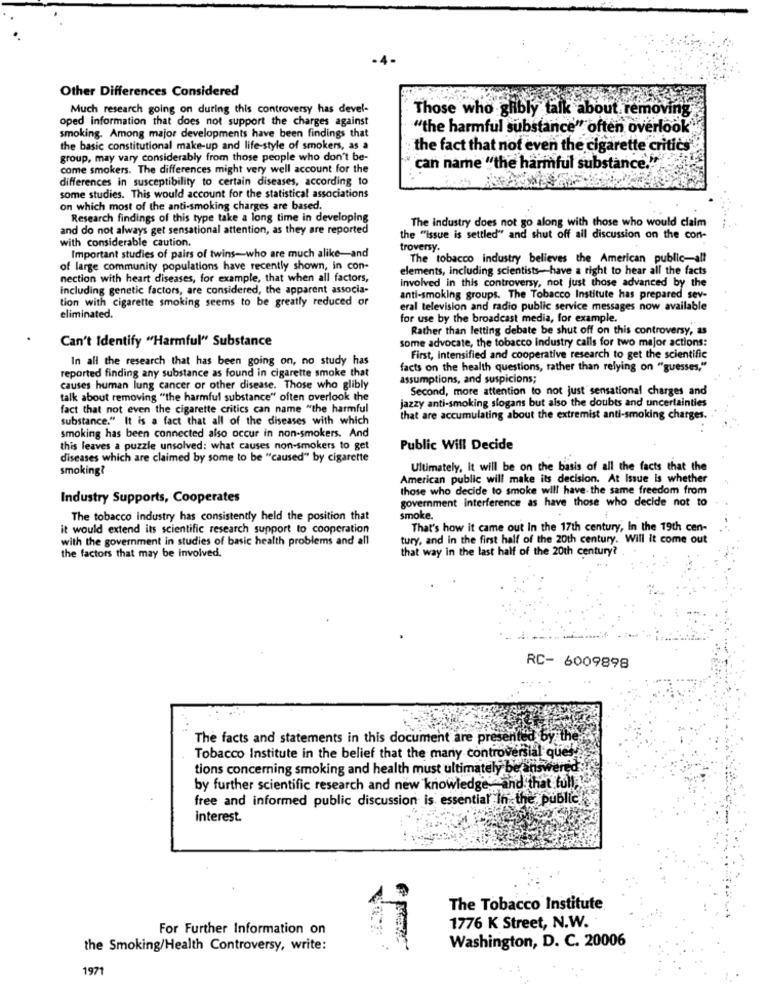
Other Differences Considered
Much research going on during this controversy has devel-
oped information that does not support the charges against
Those who glibly talk about removing
"the harmful substance" often overlook"
smoking. Among major developments have been findings that
the basic constitutional make-up and life-style of smokers, as a
the fact that not even the cigarette critics
group, may vary considerably from those people who don't be-
come smokers. The differences might very well account for the
can name "the harmful substance."
differences in susceptibility to certain diseases, according to
some studies. This would account for the statistical associations
on which most of the anti-smoking charges are based.
Research findings of this type take a long time in developing
The industry does not go along with those who would claim
and do not always get sensational attention, as they are reported
with considerable caution.
the "issue is settled" and shut off all discussion on the con-
Important studies of pairs of twins-who are much alike-and
troversy.
The tobacco industry believes the American public-all
of large community populations have recently shown, in con-
elements, including scientists-have a right to hear all the facts
nection with heart diseases, for example, that when all factors,
involved in this controversy, not just those advanced by the
Including genetic factors, are considered, the apparent associa-
tion with cigarette smoking seems to be greatly reduced or
anti-smoking groups. The Tobacco Institute has prepared sev-
eral television and radio public service messages now available
eliminated.
for use by the broadcast media, for example.
Rather than letting debate be shut off on this controversy, as
Can't Identify "Harmful" Substance
some advocate, the tobacco industry calls for two major actions:
In all the research that has been going on, no study has
First, Intensified and cooperative research to get the scientific
reported finding any substance as found in cigarette smoke that
facts on the health questions, rather than relying on "guesses,"
assumptions, and suspicions;
causes human lung cancer or other disease. Those who glibly
Second, more attention to not just sensational charges and
talk about removing "the harmful substance" often overlook the
jazzy anti-smoking slogans but also the doubts and uncertainties
fact that not even the cigarette critics can name "the harmful
substance." It is a fact that all of the diseases with which
that are accumulating about the extremist anti-smoking charges.
smoking has been connected also occur in non-smokers. And
this leaves a puzzle unsolved: what causes non-smokers to get
Public Will Decide
diseases which are claimed by some to be "caused" by cigarette
smoking?
Ultimately, It will be on the basis of all the facts that the
American public will make its decision. At Issue is whether
those who decide to smoke will have- the same freedom from
Industry Supports, Cooperates
government interference as have those who decide not to
The tobacco industry has consistently held the position that
smoke.
it would extend its scientific research support to cooperation
That's how it came out In the 17th century, In the 19th cen-
with the government in studies of basic health problems and all
tury, and in the first half of the 20th century. Will it come out
the factors that may be involved.
that way in the last half of the 20th century?
RC- 6009898
The facts and statements in this document are present
a 6
Tobacco Institute in the belief that the many controversial que !!
tions concerning smoking and health must ultimately be arisw
by further scientific research and new knowledge and that full,
free and informed public discussion is essential In the public
interest.
The Tobacco Institute
1776 K Street, N.W.
For Further Information on
Washington, D. C. 20006
the Smoking/Health Controversy, write:
1971